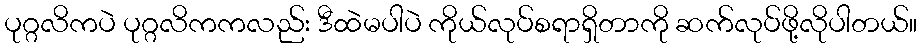
ပုဂ္ဂလိကပဲ ပုဂ္ဂလိကကလည်း ဒီထဲမပါပဲ ကိုယ်လုပ်စရာရှိတာကို ဆက်လုပ်ဖို့လိုပါတယ်။